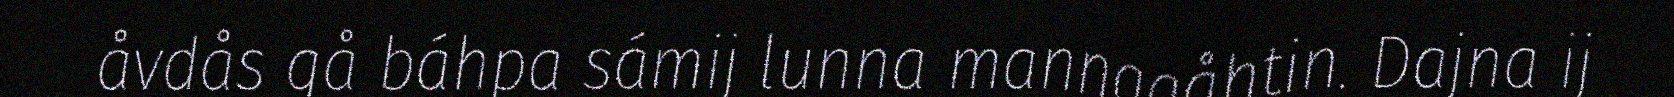
åvdås gå báhpa sámij lunna mannagåhtin. Dajna ij